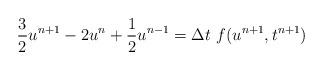
LaTeX: \begin{align*}\frac{3}{2} u^{n+1} - 2u^{n} + \frac{1}{2} u^{n-1} = \Delta t~ f(u^{n+1}, t^{n+1})\end{align*}